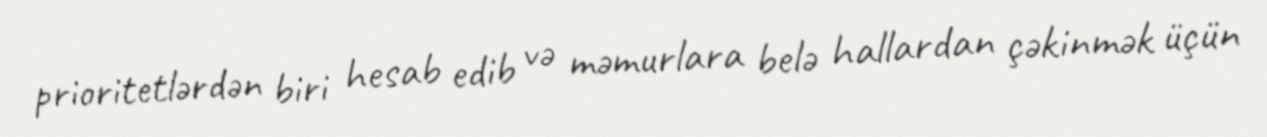
prioritetlərdən biri hesab edib və məmurlara belə hallardan çəkinmək üçün